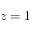
z = 1